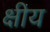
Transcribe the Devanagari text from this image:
क्षीय